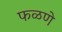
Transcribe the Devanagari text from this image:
फळणे